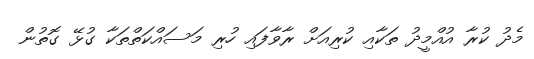
މެދު ކުރާ އުއްމީދު ތަކާއި ކުރިއަށް ރާވާފައި ހުރި މަސައްކަތްތަކާ ގުޅޭ ގޮތުން